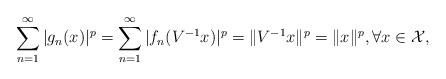
LaTeX: \begin{align*}\sum_{n=1}^\infty|g_n(x)|^p=\sum_{n=1}^\infty|f_n(V^{-1}x)|^p=\|V^{-1}x\|^p=\|x\|^p, \forall x \in \mathcal{X},\end{align*}